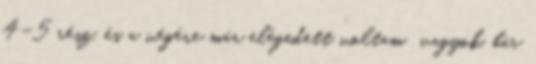
4-5 rész, és a végére már elégedett voltam vagyok, bár